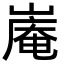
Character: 𪩑